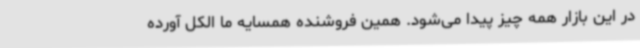
در این بازار همه چیز پیدا می‌شود. همین فروشنده همسایه ما الکل آورده